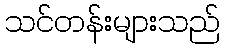
သင်တန်းများသည်